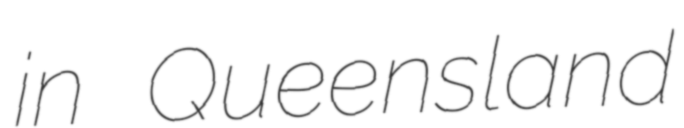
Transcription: in Queensland